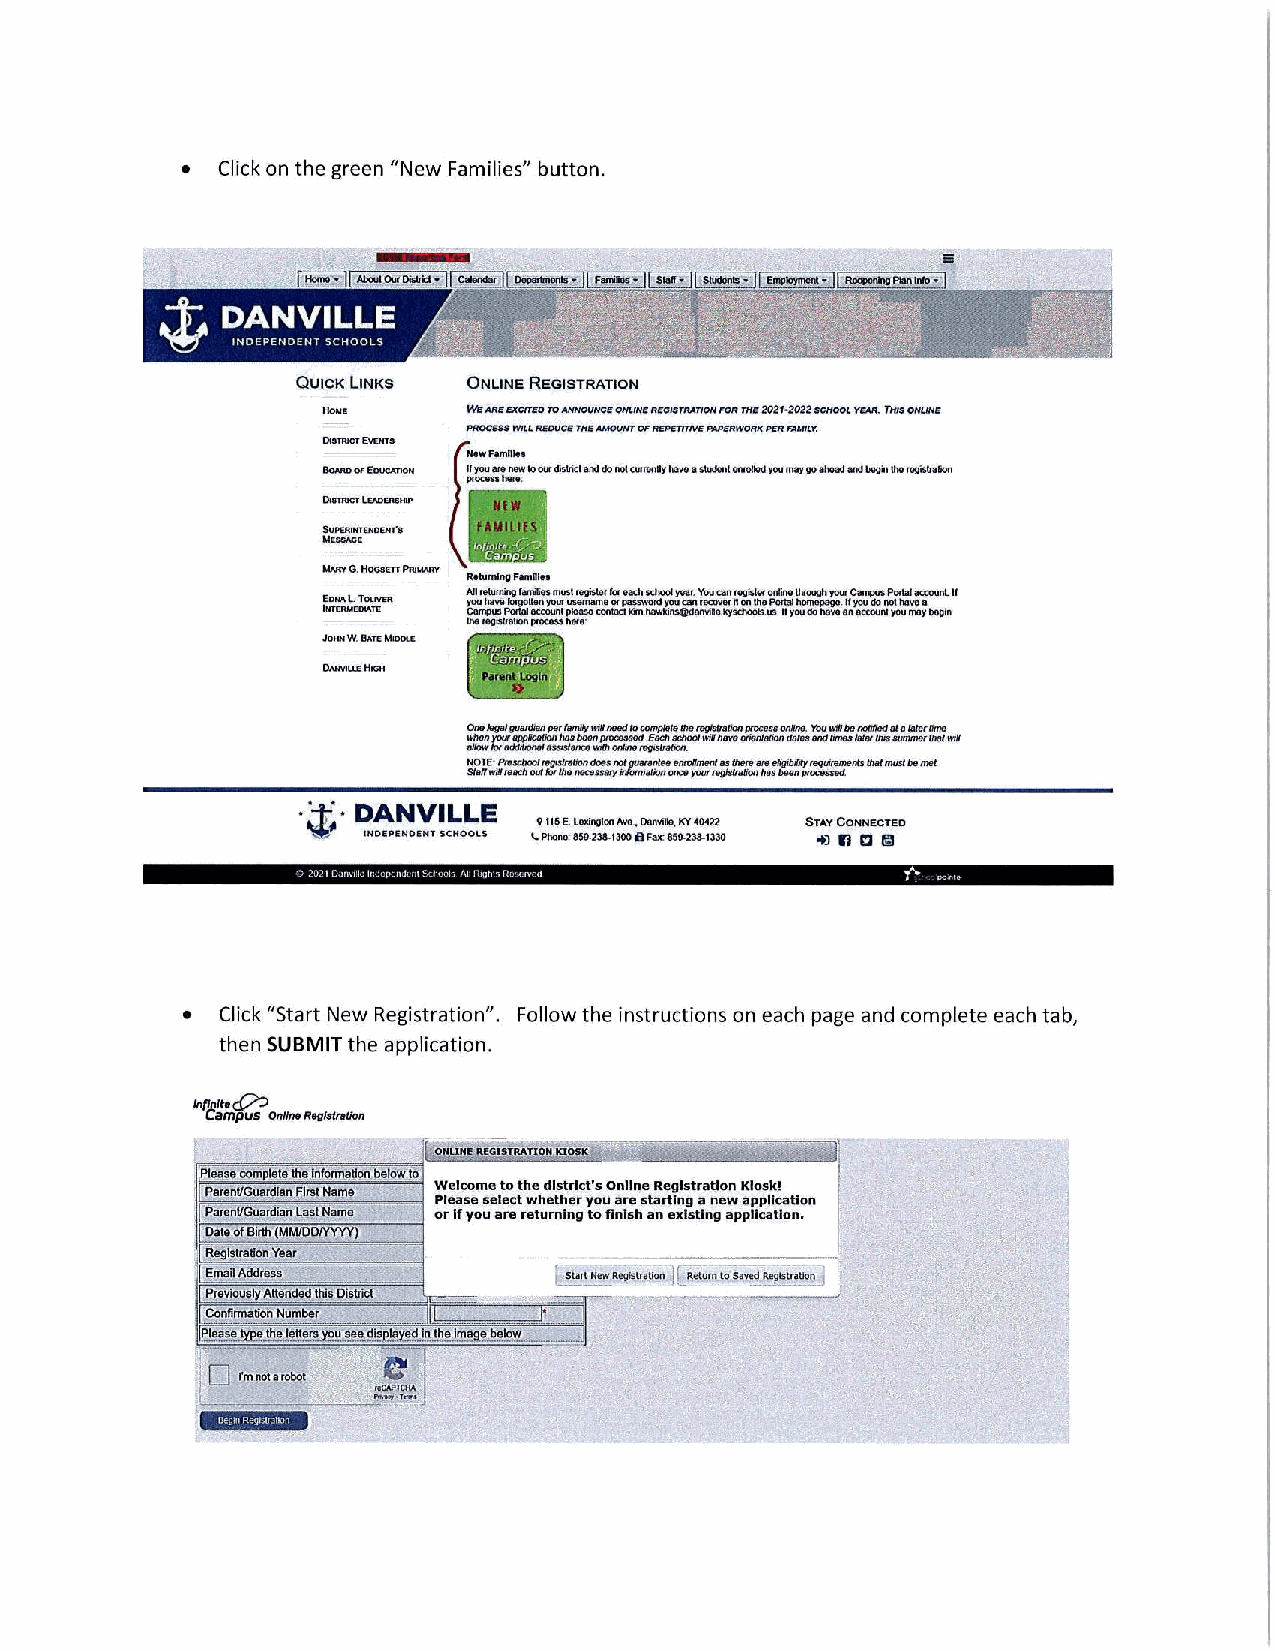
e Clickon the green “New Families” button.
 ELOMA Rsaria
 [Hom=e][ AbouDtouirst=J]eee]posts:Jemelsa[Ses eros[repeat
 DANVILLE
 INDEPENDENT SCHOOLS
 QuickLinks ONLINEREGISTRATION
 Home      WEAREEXCITEDTOANNOUNCEONLINEREGISTRATIONFORTHE2021-2022SCHOOLYEAR.THISONLINE.
 PROCESSWILLREDUGETHEAMOUNTOFREPETITIVEPAPERWORKPERFAMILY.
 DistrictEVENTS:
 NewFamilies
 BOARDOFEDUCATION Nproycesse!etetoourdistrictanddonotcurrentlyhaveastudentenrolledyoumaygoaheadandbegintheregistration
 DistrictLeaperstip
 SUPERINTENDENT'S:
 Messace,
 AA
 Ea
 MaryG.HOGSETTPRIMARY
 ReturningFamilles
 EpnaL.Touver Aylolurehtauvrenifnogrfgaomtitleineysomuursmtraegimsteerfoorrpeaascshwsocrhdooylouyecaar.nYroecuovcaenrrietgoisnttehreoPnolritnaelthhormoeupgahgyeo.urIfCyaomupudsoPnoortthaalvseemanIt
 INTERMEDIATE CampusPortalaccountposocontactkimhawkins@danvillekyschools.usIfyoudohaveanaccountyoumaybegin
 theregistrationprocesshere’
 JounW.BateMiDoLE z
 pel
 DanviuteHick Campus.
 Parent Login
 rebaalarinafrywitnaacomalreirprocesscolsYouwillbenotifiedatalatertime
 ‘whanyourappicaton hasboon Eachschoolwillhaveorientationdatesandtimeslaterthissummorthatwill
 adatineleasatencewioneropersion.
 NOTE:Preschoo!registrationdoesnotguaranteeenrolmentasthereareeligibiltyrequirementsthetmustbemet
 ‘Staffwillreachoutforthenecessaryinformationonceyourregistrationhasbeenprocessed.
 A DANVILLE   Q115E,LexinglonAvo.,Danvillo,KY40422 StayCONNECTED
 INDARENDBNSCHOOLS: Phono:859-238-13001Fax:859-238-1330 »oD
 e  Click “Start New Registration”. Followthe instructions on each page and complete each tab,
 then SUBMITthe application.
 Infinite(72
 Campus OnlineRegistration
 [Pleasecompletetheinformationbelowto
 Welcometothedistrict'sOnlineRegistrationKlosk!
 Bareulcuardian,ElstName. Please whetheryouarestartinganewapplication
 Parent/GuardianLastName orIfyouarereturningtofinishanexistingapplication.
 DateofBirth(MM/DD/YYYY)
 RegistrationYear E             sos    =  x
 EmailAddress           |startNewRegistration || ReturntoSavedRegistration
 PreviouslyAttendedthisDistrict =
 ConfirmationNumber ssp
 [Pleasetypethelettersyouseedisplayedintheimagebelow
 :
 ra
 CAPTCHA
 PayTears